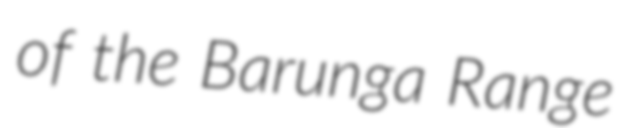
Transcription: of the Barunga Range